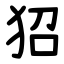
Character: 㹦